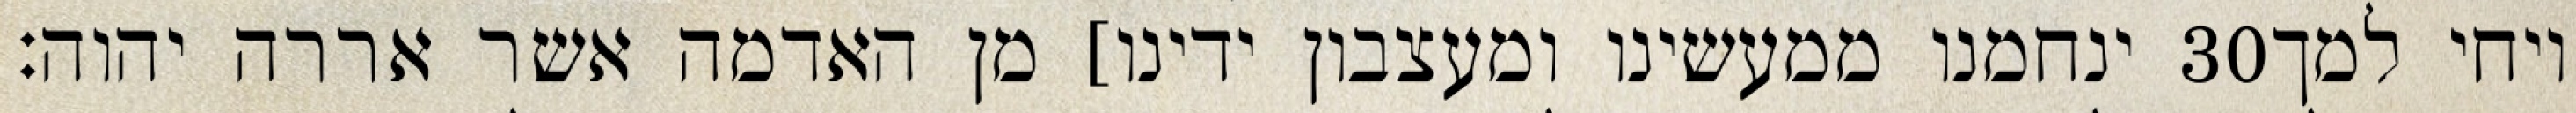
ינחמנו ממעשינו ומעצבון ידינו] מן האדמה אשר אררה יהוה׃ ‎30‏ ויחי למך